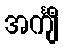
အင်္ကျီ